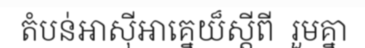
តំបន់អាស៊ីអាគ្នេយ៏ស្តីពី  រួមគ្នា